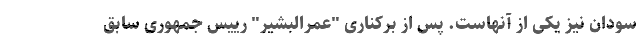
سودان نیز یکی از آنهاست. پس از برکناری "عمرالبشیر" رییس جمهوری سابق